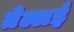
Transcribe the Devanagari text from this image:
तेल्लई